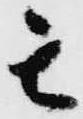
其